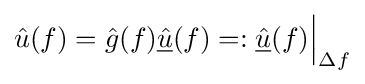
{\hat {u}}(f)={\hat {g}}(f){\underline {\hat {u}}}(f)=:{{\underline {\hat {u}}}(f)}{{\Big |}_{\Delta f}}